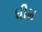
ધીમ